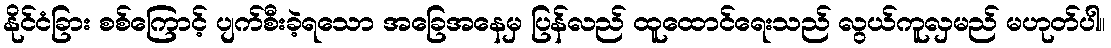
နိုင်ငံခြား စစ်ကြောင့် ပျက်စီးခဲ့ရသော အခြေအနေမှ ပြန်လည် ထူထောင်ရေးသည် လွယ်ကူလှမည် မဟုတ်ပါ။